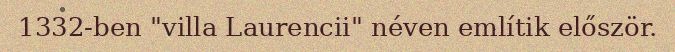
1332-ben "villa Laurencii" néven említik először.